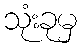
သုံးခုမှ